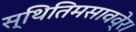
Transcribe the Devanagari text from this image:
स्थितिमसाववे्र।